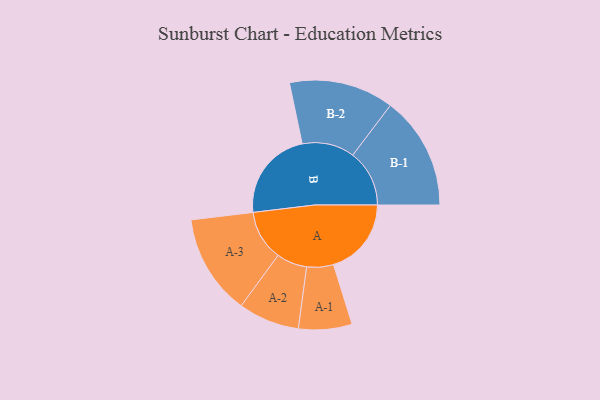
{"axis": {"x": "Segment", "y": "Value"}, "legend": ["", "A", "B"], "data": [{"x": "A", "y": 367, "type": ""}, {"x": "B", "y": 429, "type": ""}, {"x": "A-1", "y": 126, "type": "A"}, {"x": "A-2", "y": 144, "type": "A"}, {"x": "A-3", "y": 237, "type": "A"}, {"x": "B-1", "y": 267, "type": "B"}, {"x": "B-2", "y": 247, "type": "B"}]}